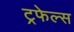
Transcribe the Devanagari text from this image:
ट्रफेल्स